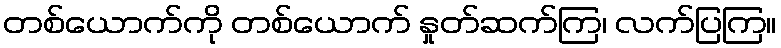
တစ်ယောက်ကို တစ်ယောက် နှုတ်ဆက်ကြ၊ လက်ပြကြ။